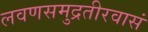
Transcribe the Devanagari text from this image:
लवणसमुद्रतीरवासं